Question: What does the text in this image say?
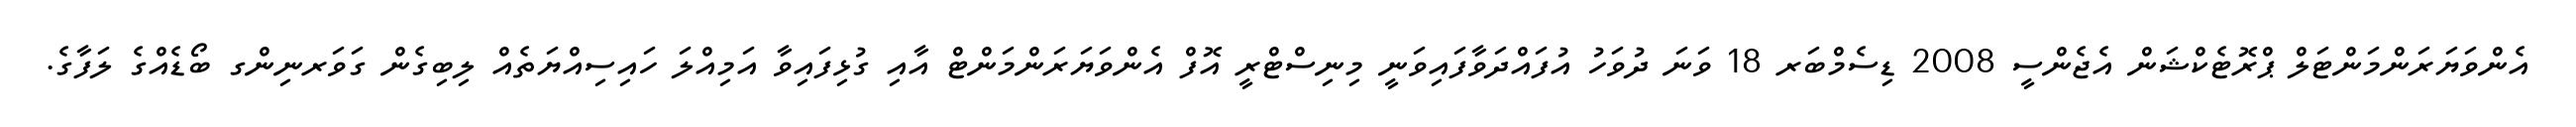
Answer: އެންވަޔަރަންމަންޓަލް ޕްރޮޓެކްޝަން އެޖެންސީ 2008 ޑިސެމްބަރ 18 ވަނަ ދުވަހު އުފައްދަވާފައިވަނީ މިނިސްޓްރީ އޮފް އެންވަޔަރަންމަންޓް އާއި ގުޅިފައިވާ އަމިއްލަ ހައިސިއްޔަތެއް ލިބިގެން ގަވަރނިންގ ބޯޑެއްގެ ލަފާގެ.